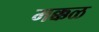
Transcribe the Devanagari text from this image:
मक्कळ